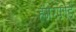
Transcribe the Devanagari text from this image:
हंगरफोर्ड